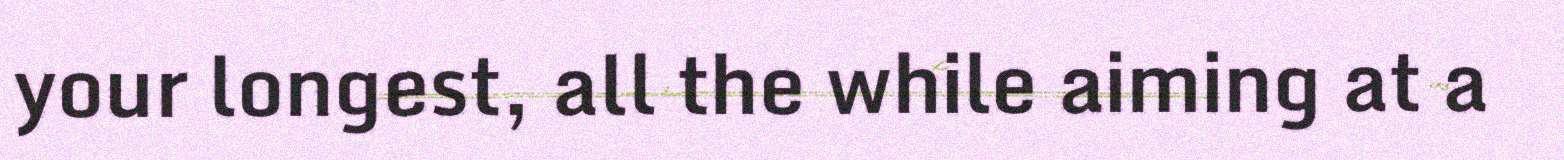
your longest, all the while aiming at a